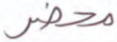
محضر